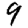
Digit: 9